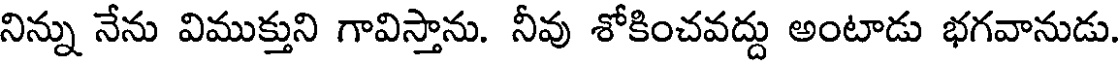
నిన్ను నేను విముక్తుని గావిస్తాను. నీవు శోకించవద్దు అంటాడు భగవానుడు.